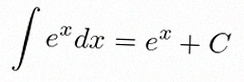
\int e^x dx=e^x+C